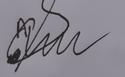
Signature authenticity: forged